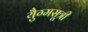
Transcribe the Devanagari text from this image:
युैग्मसूत्री